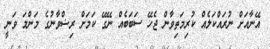
އޭނާއަށް ނުރައްކަލެއް ކުރިމަތިވާން ޖެހޭ ސަބަބެއް ނޭގޭ ކަމަށް ރިޟްވާނުގެ މަންމަ ވަނީ